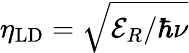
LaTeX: \eta_{\mathrm{LD}}=\sqrt{\mathcal{E}_{R}/\hbar\nu}